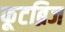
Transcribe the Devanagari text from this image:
फूटब्रिज